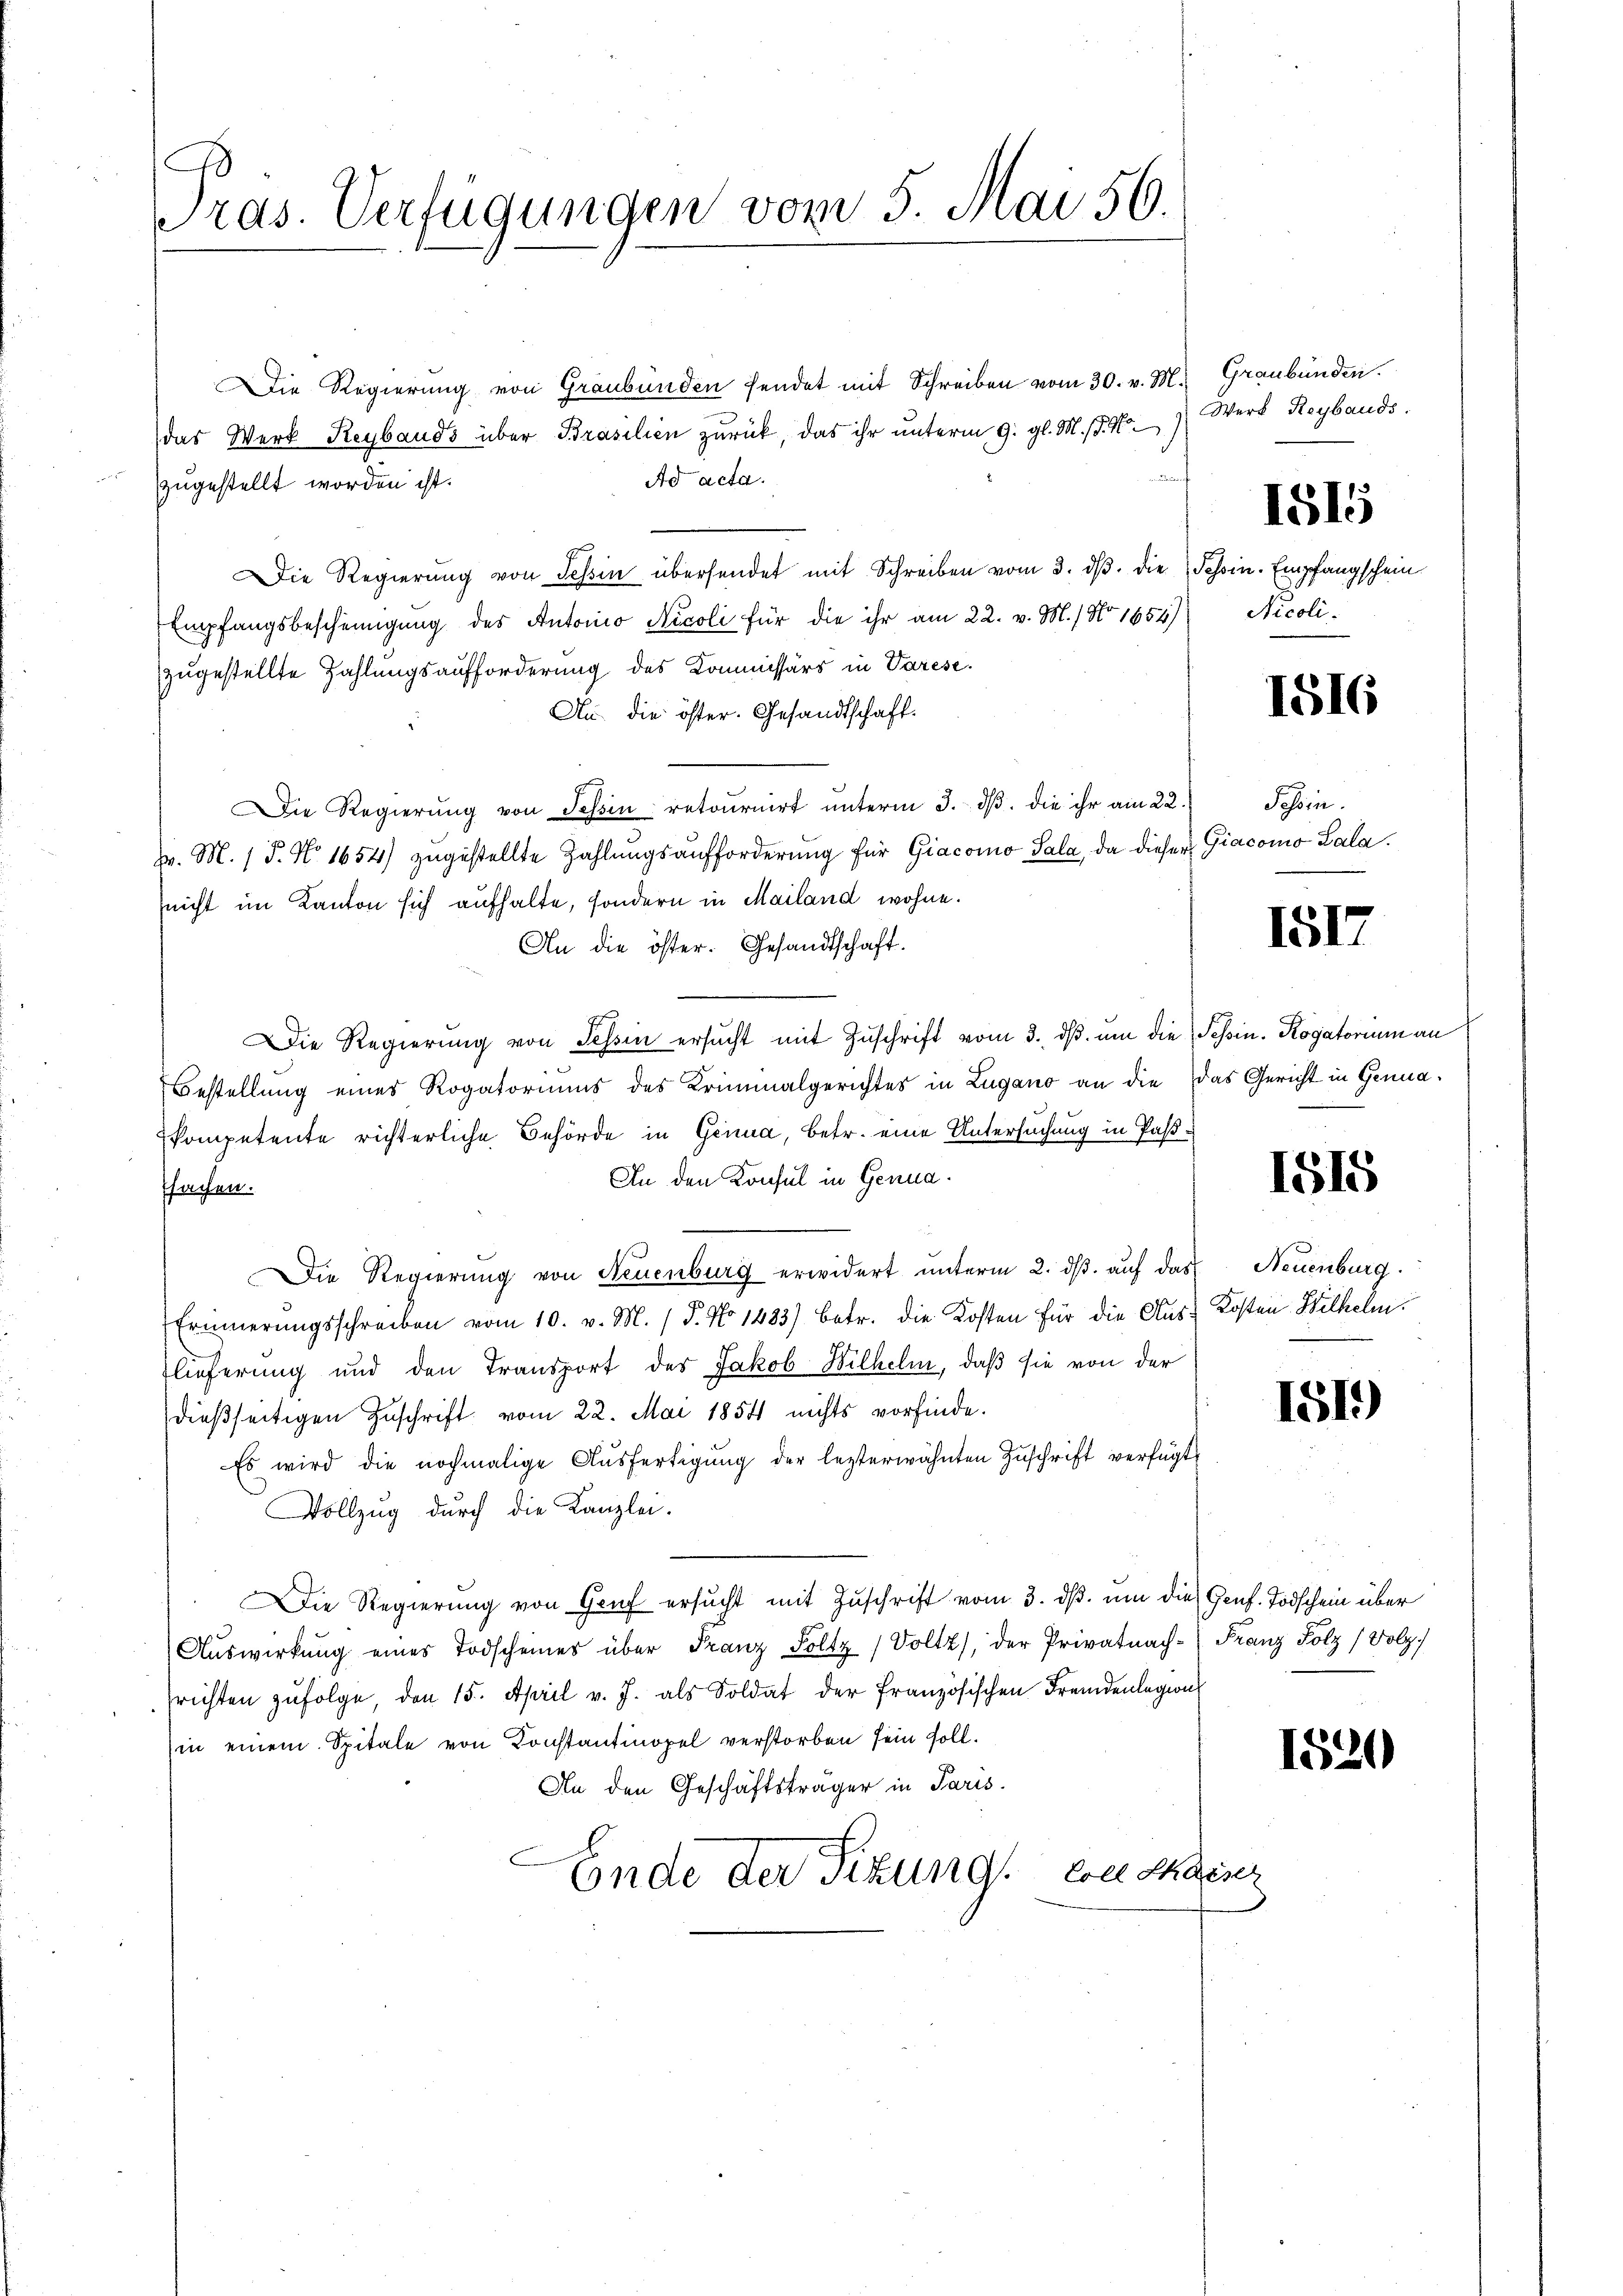
Tras. Verfügungen vom 5. Mai 56.

Die Regierŭng von Graubünden sendet mit Schreiben vom 30. v. M. Graubünden.
das Werk Reybauds über Brasilien zurück, das ihr unterm 9. gl. M. d. M
auf
Ad acta.
zugestellt worden ist.
Die Regierŭng von Tessin übersendet mit Schreiben vom 3. dβ. die Schin. Empfangschein
Empfangsbescheinigŭng des Antonio Nicoli für die ihr am 22. v. M.) No 1654) Nicoli-
zugestellte Zahlungsaufforderung des Kommissärs in Varese
Au. die öster. Gesandtschaft.
Die Regierŭng von Tessin retoŭrnirt ŭnterm 3. dβ. die ihr am 22. Tessin.
v. M. 1 P. N. 1654) zugestellte Zahlungsaufforderung für Giacomo Sala, da dieser Giacomo Lala¬
(nicht im Kanton sich aufhalte, sondern in Mailand wohne.
An die öster. Gesandtschaft.
Die Regierŭng von Tessin ersŭcht mit Zŭschrift vom 3. dβ ŭm die Tessin. Rogatorium an
Bestellung eines Rogatoriums des Kriminalgerichtes in Lugano an die das Gericht in Genuakompetente richterliche Behörde in Genua, betr. eine Untersuchung in Paß¬
An den Konsul in Genuasachen.
Die Regierung von Neuenburg erwidert unterm 2. ds. auf das Neuenburg.
Erinnerungsschreiben vom 10. v. M. (T. No 1483) betr. die Kosten für die Aus Kosten Wilhelm
lieferung und den Transport des Jakob Wilhelm, daß sie von der
dießseitigen Zuschrift vom 22. Mai 1854 nichts vorfinde.
Es wird die nochmalige Aŭsfertigŭng der lezterwähnten Zŭschrift verfügt
Vollzug durch die Kanzlei-
Die Regierung von Graf ersucht mit Zuschrift vom 3. dß. um die Genf. Todschein über
Aŭswirkŭng eines Todscheines über Franz Foltz (Voltz, der Privatnach-Franz Folz (Volz
richten zŭfolge, den 15. April v. J. als Soldat der französischen Fremdenlegion
in einem Spitale von Konstantinopel verstorben sein soll.
An den Geschäftsträger in Paris.
Ende der Sitzung, von Chaiser

Werk Reybauds.

1815

1516

1517

1515

151)

1521